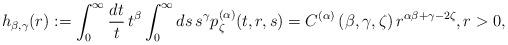
LaTeX: \begin{align*} h_{\beta,\gamma}(r) & := \int_0^\infty \frac{dt}{t}\, t^\beta \int_0^\infty ds\, s^\gamma p_\zeta^{(\alpha)}(t,r,s) = C^{(\alpha)}\left(\beta,\gamma,\zeta\right) r^{\alpha\beta+\gamma-2\zeta}, r>0, \end{align*}